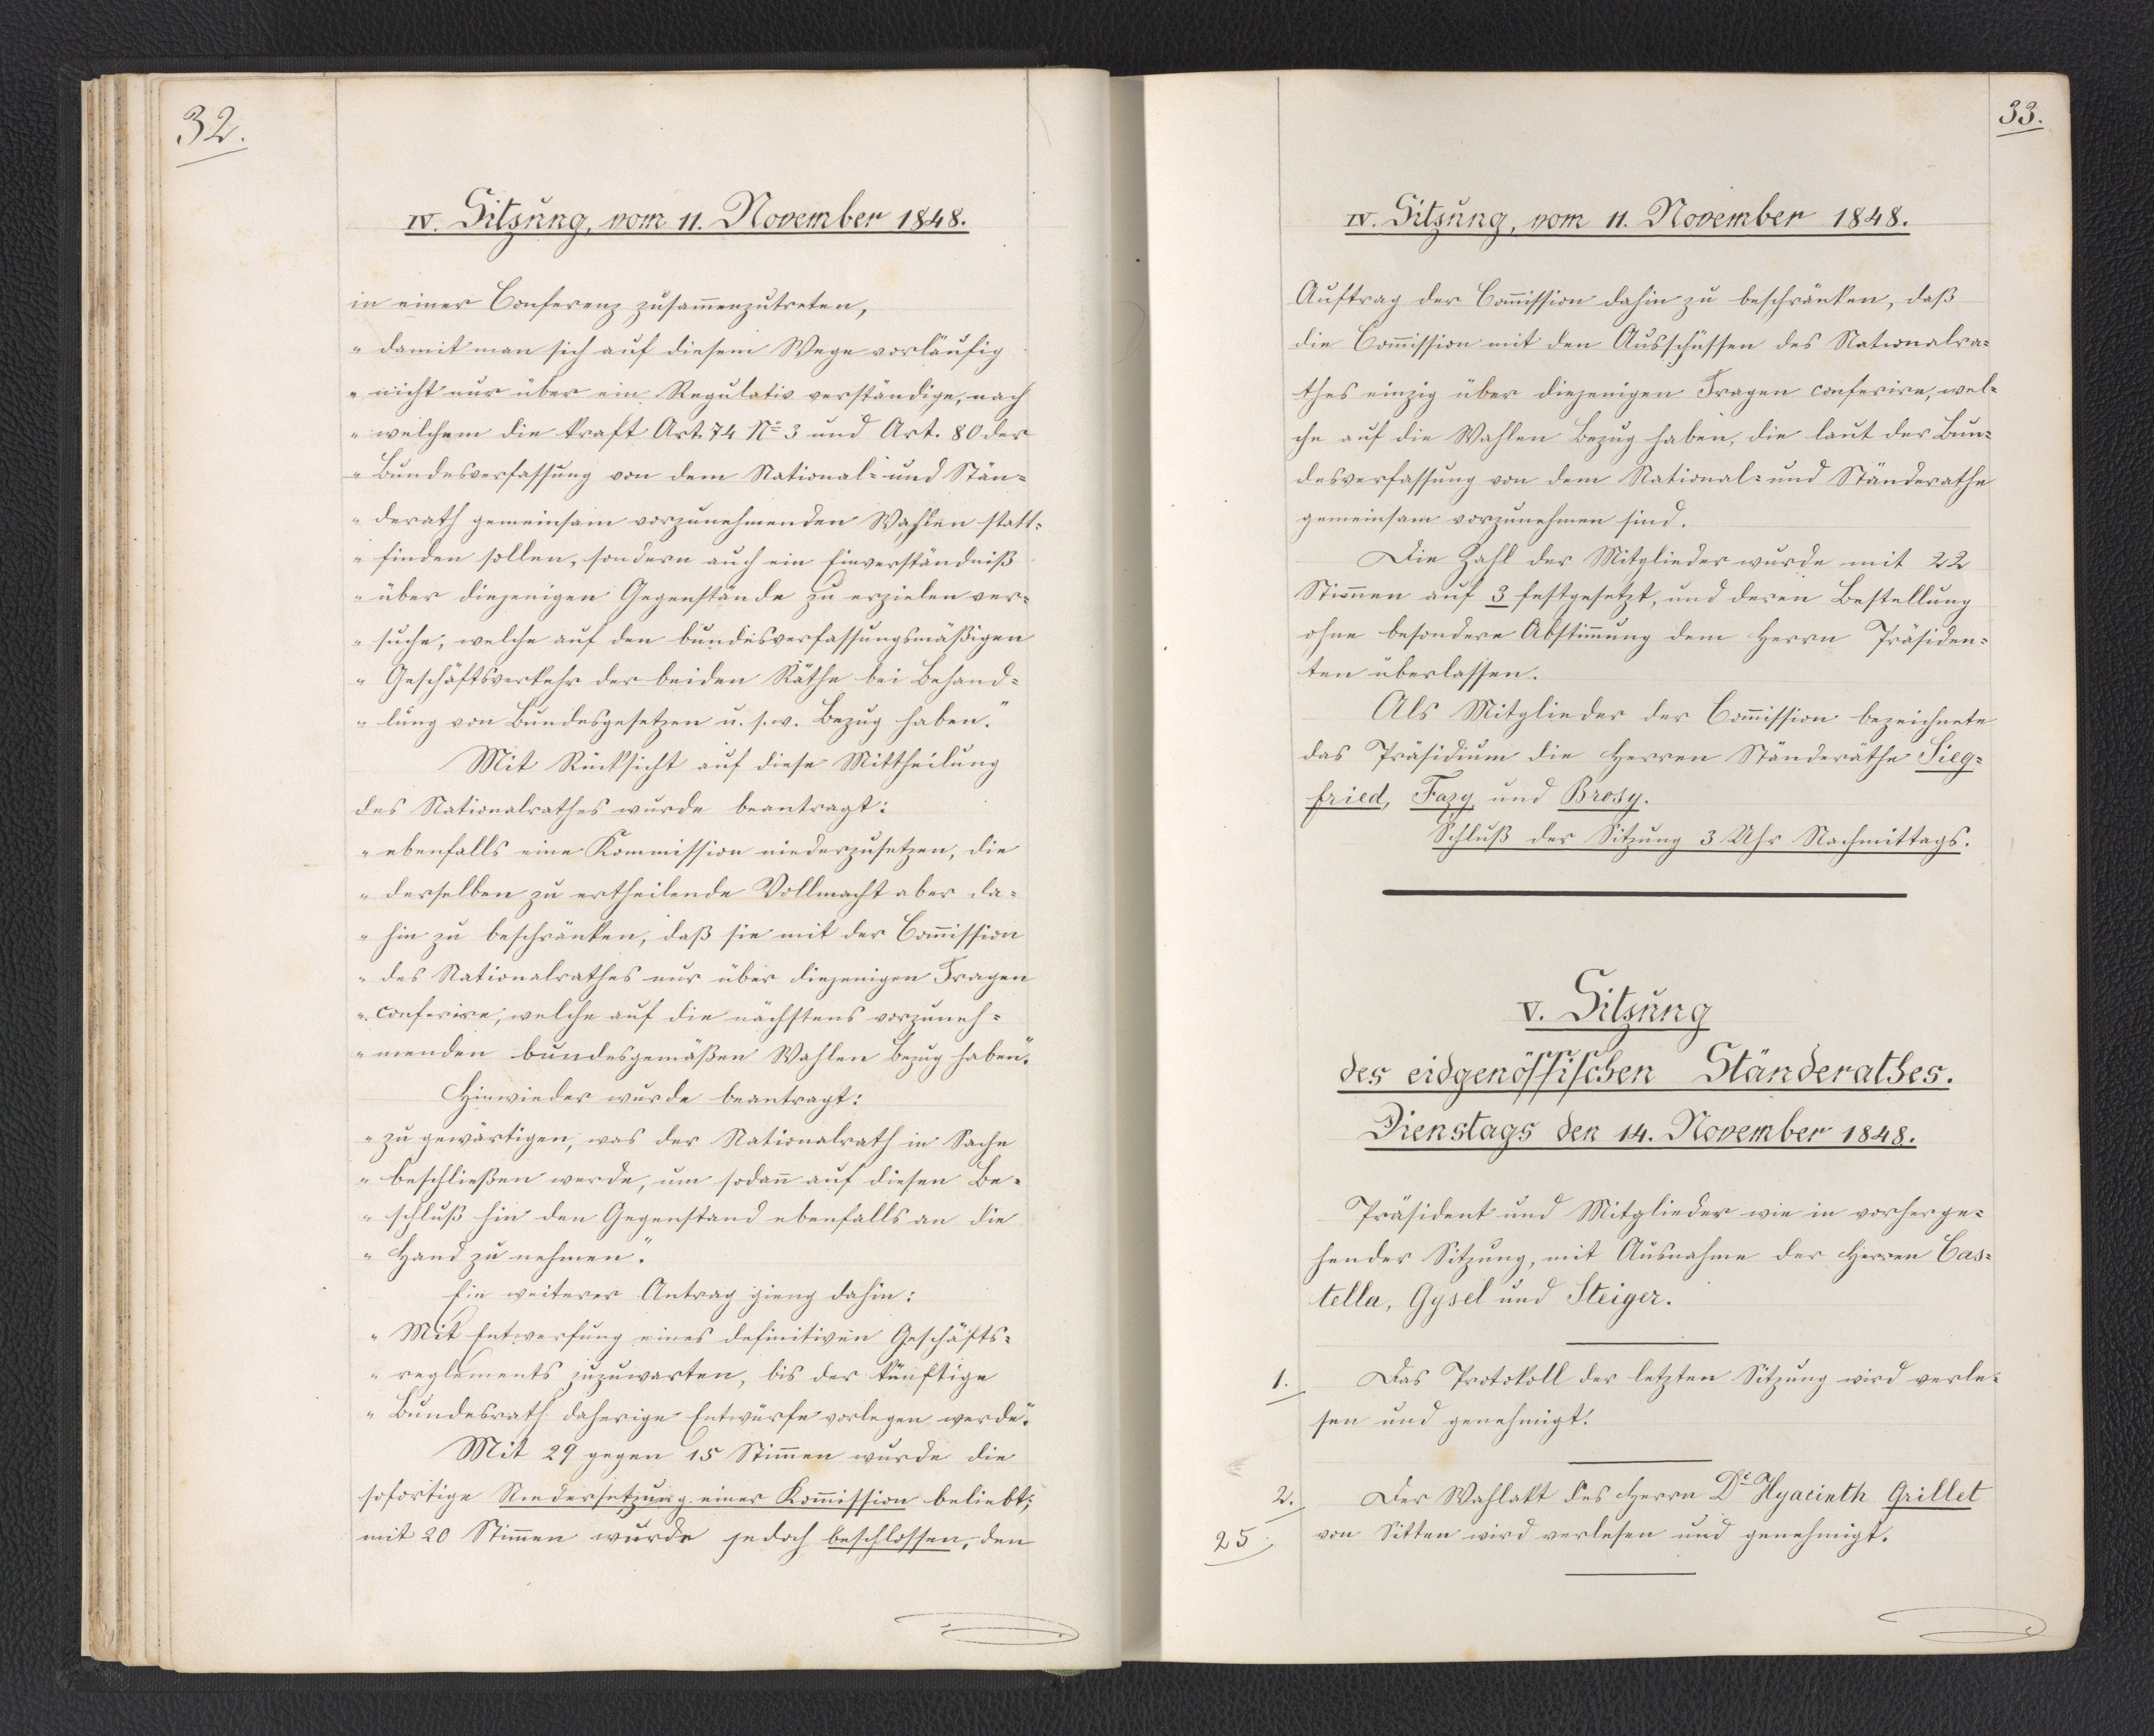
33.

V. Sitzung
des eidgenössischen Ständerathes.
Dienstags den 14. November 1848.

Präsident und Mitglieder wie in vorherge¬
hender Sitzung, mit Ausnahme der Herren Cas¬
tella, Gysel und Steiger.
Das Protokoll der letzten Sitzung wird verle¬
sen und genehmigt.
Der Wahlakt des Herrn Dr. Hyacinth Grillet
von Sitten wird verlesen und genehmigt.

1.

2.
25.